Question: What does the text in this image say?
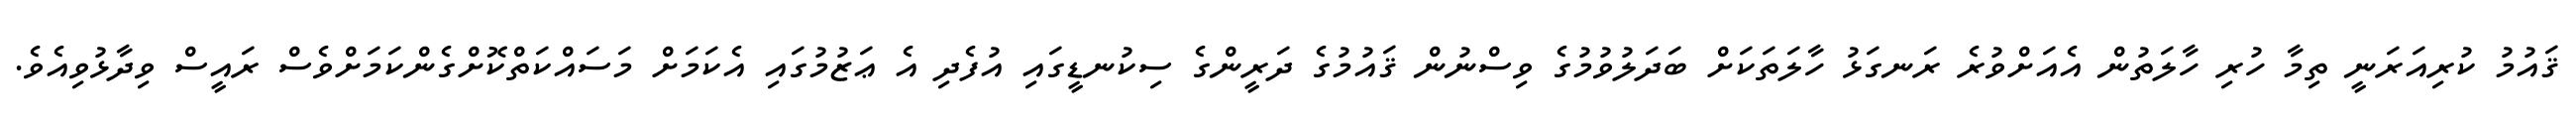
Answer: ޤައުމު ކުރިއަރަނީ ތިމާ ހުރި ހާލަތުން އެއަށްވުރެ ރަނގަޅު ހާލަތަކަށް ބަދަލުވުމުގެ ވިސްނުން ޤައުމުގެ ދަރީންގެ ސިކުނޑީގައި އުފެދި އެ ޢަޒުމުގައި އެކަމަށް މަސައްކަތްކޮށްގެންކަމަށްވެސް ރައީސް ވިދާޅުވިއެވެ.